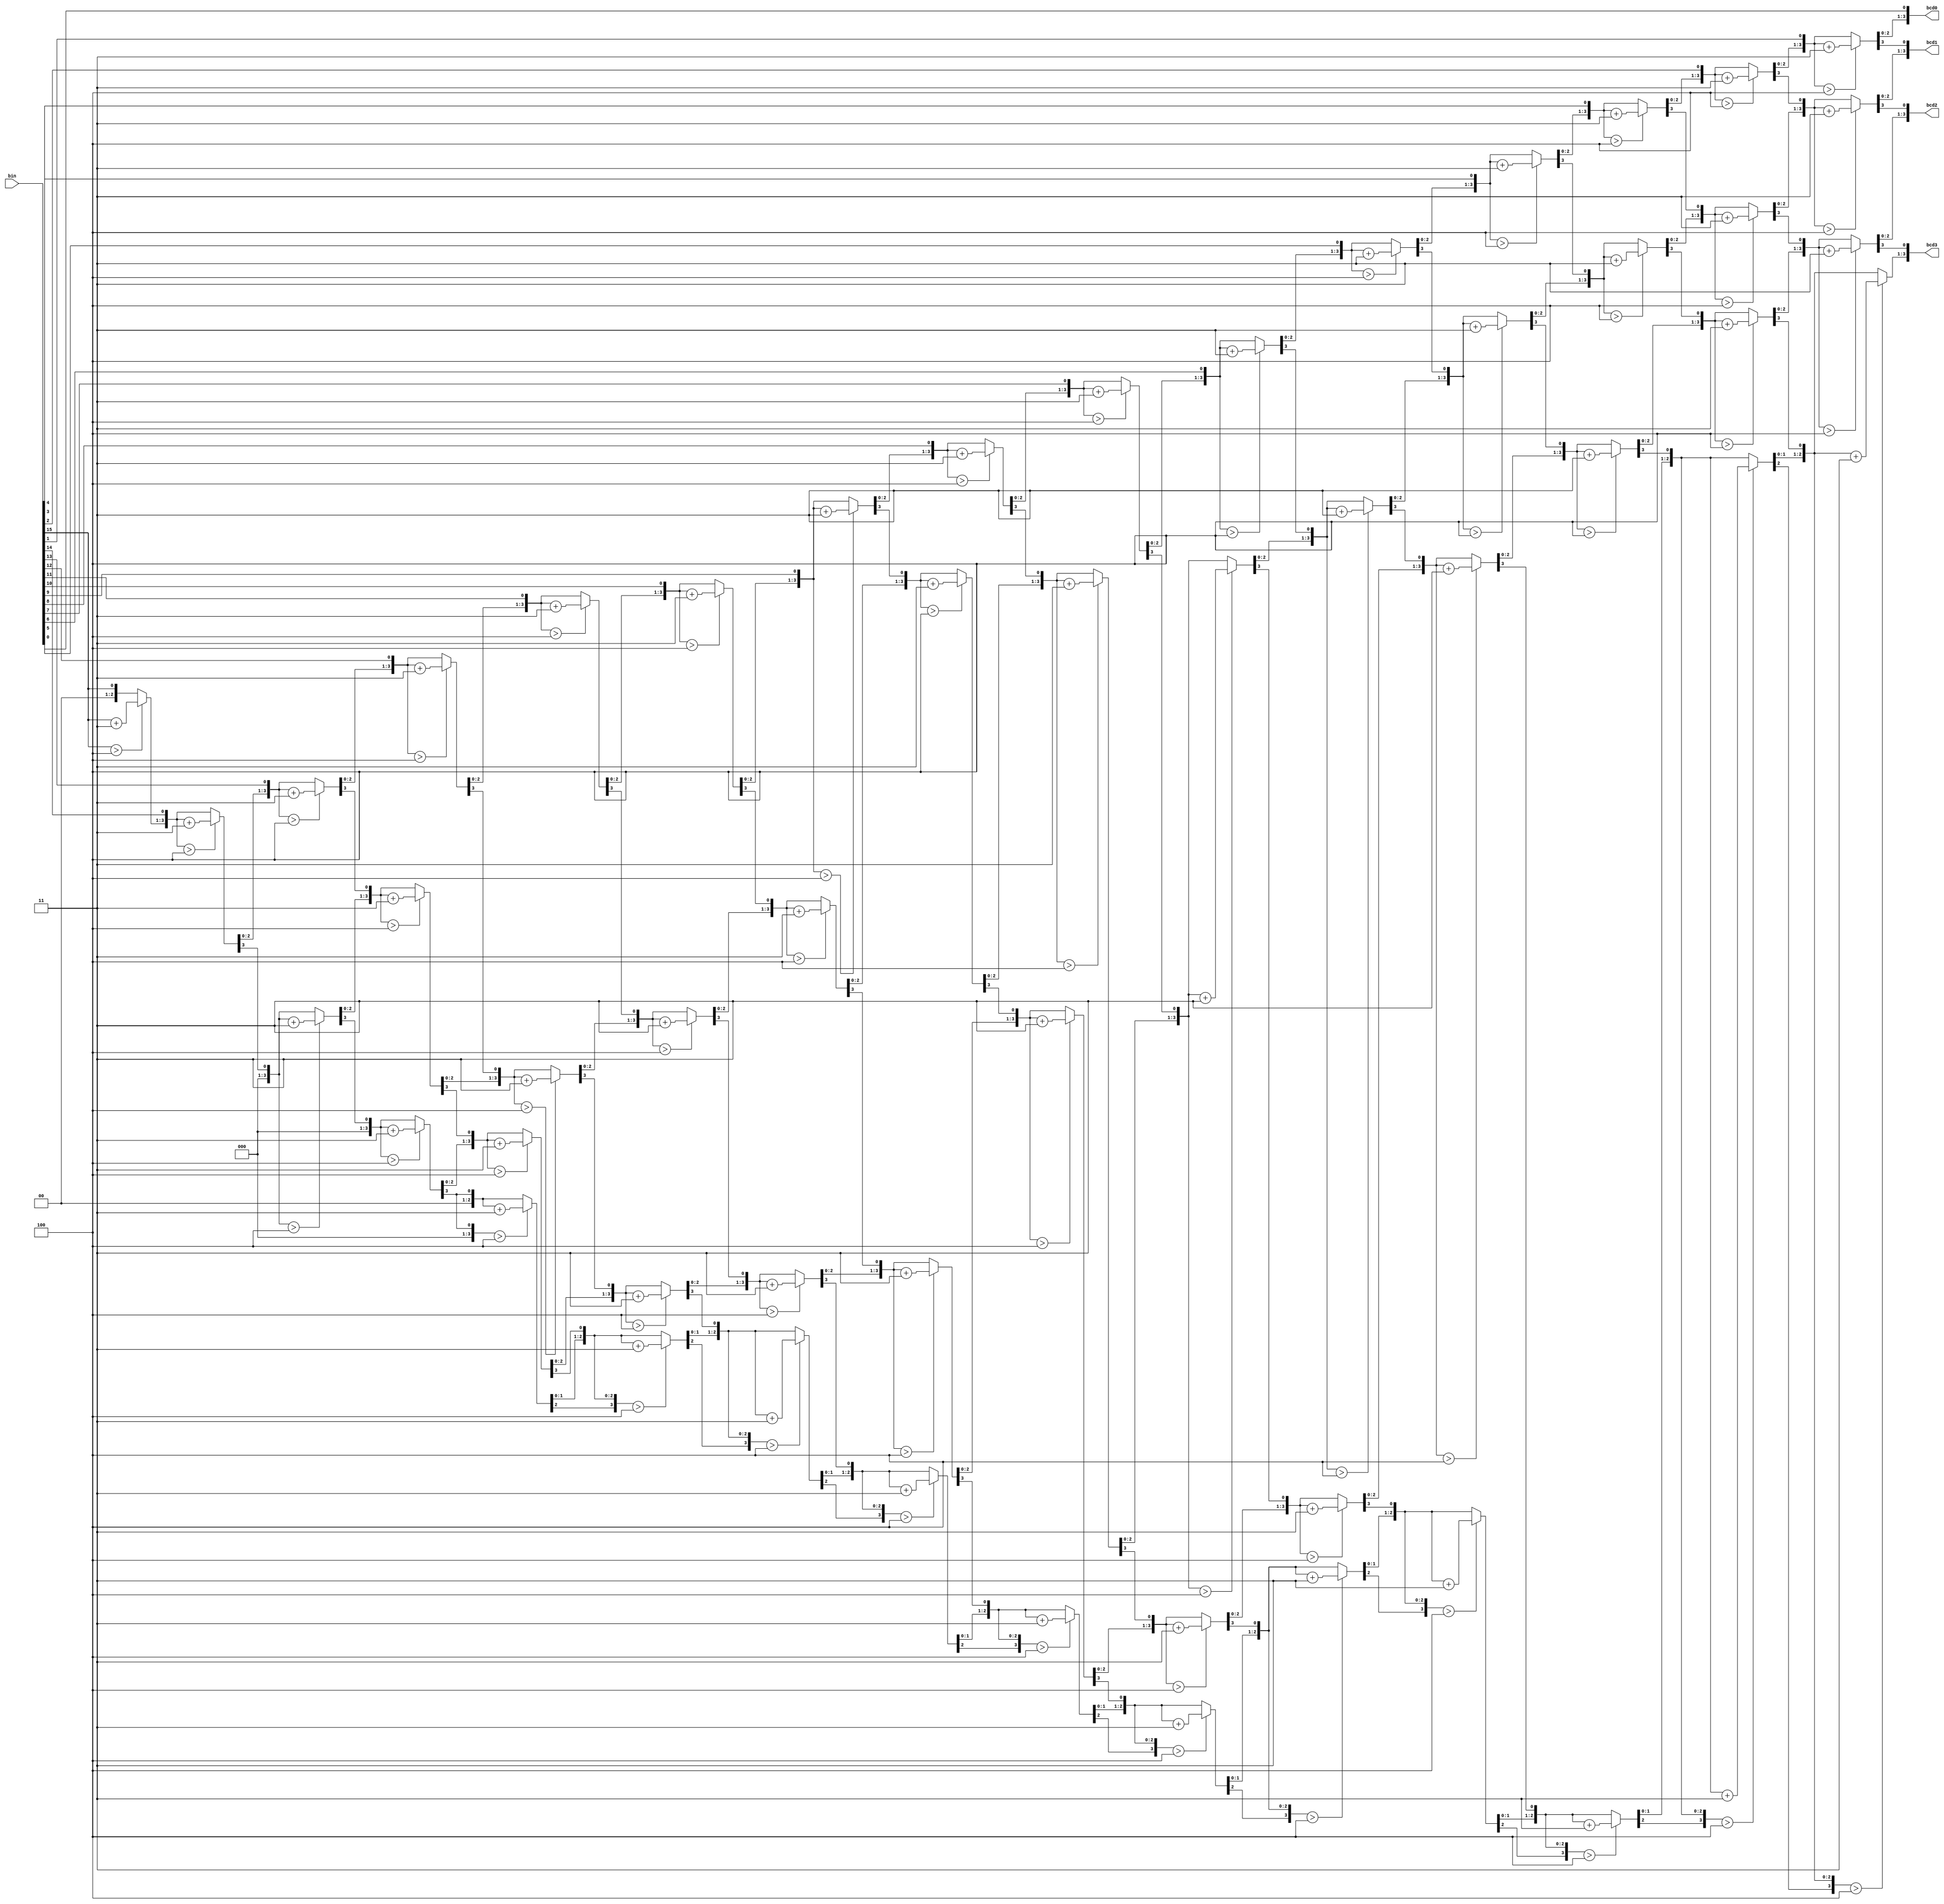
`timescale 1ns / 1ps
/******************************************************************************
 * (C) Copyright 2016 AGH UST All Rights Reserved
 *
 * MODULE:    bin2bcd
 * DEVICE:    general
 * PROJECT:   stopwatch
 *
 * ABSTRACT:  binary to BCD converter, three 8421 BCD digits
 *            Algorithm description:
 *            http://www.eng.utah.edu/~nmcdonal/Tutorials/BCDTutorial/BCDConversion.html
 *
 * HISTORY:
 * 1 Jan 2016, RS - initial version
 * 12.01.22 dodanie bcd3
 * 12.01.22 zmienienie liczby wej z 12 na 16
 *
 * Pobrano z UPEL UEC1
 *******************************************************************************/
module bin2bcd (
        input  wire [15:0] bin,  // input binary number
        output reg  [3:0]  bcd0, // LSB
        output reg  [3:0]  bcd1,
        output reg  [3:0]  bcd2,
        output reg  [3:0]  bcd3  // MSB
    );

    integer i;

    always @(bin)
    begin

        bcd0 = 0;
        bcd1 = 0;
        bcd2 = 0;
        bcd3 = 0;

        for ( i = 15; i >= 0; i = i - 1 )
        begin
            if( bcd0 > 4 ) bcd0 = bcd0 + 3;
            if( bcd1 > 4 ) bcd1 = bcd1 + 3;
            if( bcd2 > 4 ) bcd2 = bcd2 + 3;
            if( bcd3 > 4 ) bcd3 = bcd3 + 3;
            { bcd3[3:0], bcd2[3:0], bcd1[3:0], bcd0[3:0] } =
            { bcd3[2:0], bcd2[3:0], bcd1[3:0], bcd0[3:0],bin[i] };
        end

    end

endmodule